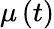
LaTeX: \mu\left(t\right)